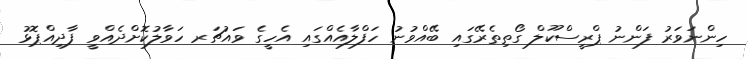
ހިންނަވަރު ފަންނު ޕްރީސްކޫލް ގޯތިތެރޭގައި ބޭއްވުނު ހަފްލާއެއްގައި އެހީގެ ވައުޗަރ ހަވާލުކޮށްދެއްވީ ފާދިއްޕޮޅު